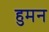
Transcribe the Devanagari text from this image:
हुमन